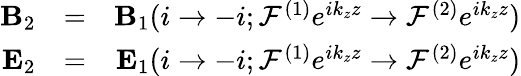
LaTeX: \begin{array}{rlr}{{\mathbf B}_{2}}&{=}&{{\mathbf B}_{1}(i\rightarrow-i;{\cal F}^{(1)}e^{ik_{z}z}\rightarrow{\cal F}^{(2)}e^{ik_{z}z})}\\ {{\mathbf E}_{2}}&{=}&{{\mathbf E}_{1}(i\rightarrow-i;{\cal F}^{(1)}e^{ik_{z}z}\rightarrow{\cal F}^{(2)}e^{ik_{z}z})}\end{array}